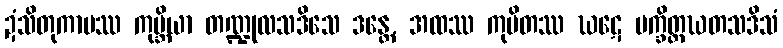
ဍံသိတုကာမဿ ကုမ္ဘိယာ တဏ္ဍုလသဒိသေ ဒန္တေ, အထဿ ကုပိတဿ ဃဋေ ပက္ခိတ္တဃတသဒိသံ